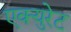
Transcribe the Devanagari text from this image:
एक्युरेट